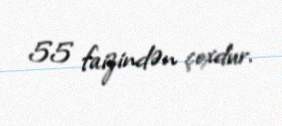
55 faizindən çoxdur.